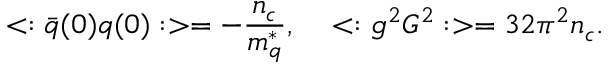
< : \bar { q } ( 0 ) q ( 0 ) : > = - \frac { n _ { c } } { m _ { q } ^ { * } } , \, \ \ \ < : g ^ { 2 } G ^ { 2 } : > = 3 2 \pi ^ { 2 } n _ { c } .